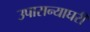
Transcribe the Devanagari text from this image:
उपासन्याघरी